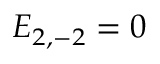
E _ { 2 , - 2 } = 0